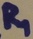
Text: R1